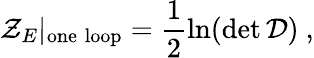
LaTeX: {\cal Z}_{E}|_{\mathrm{one\; loop}}=\frac{1}{2}\ln(\operatorname*{det}{\cal D})\ ,